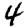
Digit: 4